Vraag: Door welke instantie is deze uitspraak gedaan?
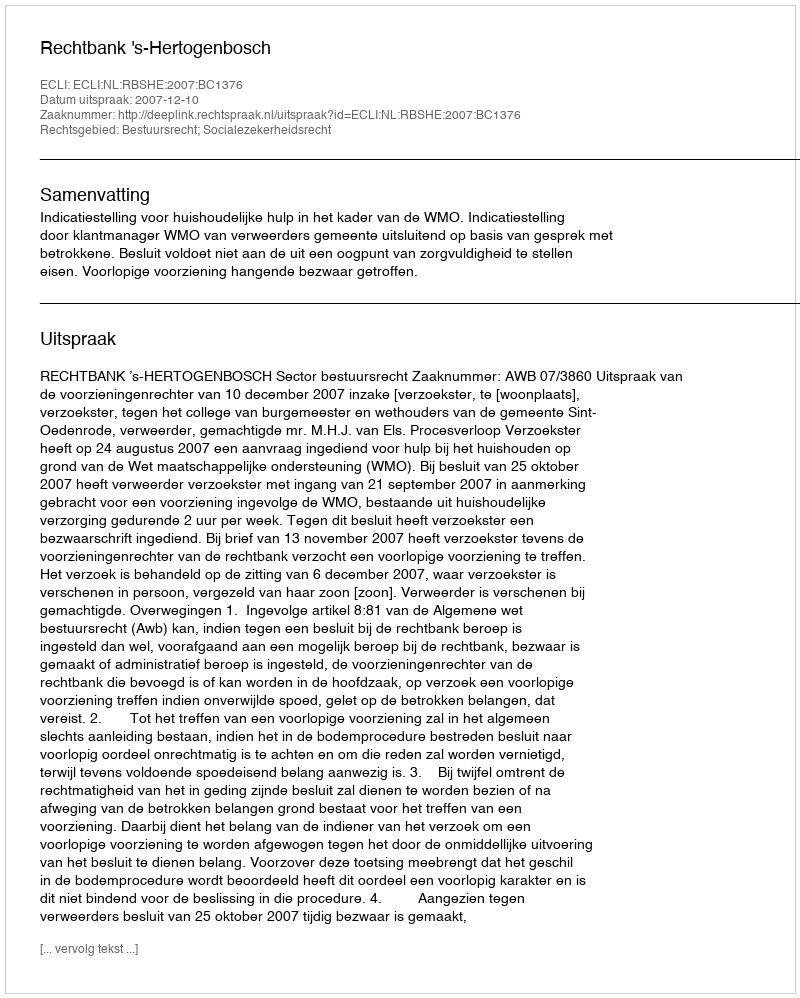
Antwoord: Rechtbank 's-Hertogenbosch